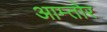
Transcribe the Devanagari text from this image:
आम्तोर